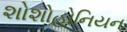
શોશોહોનિયન